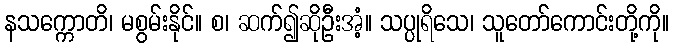
နသက္ကောတိ၊ မစွမ်းနိုင်။ စ၊ ဆက်၍ဆိုဦးအံ့။ သပ္ပုရိသေ၊ သူတော်ကောင်းတို့ကို။